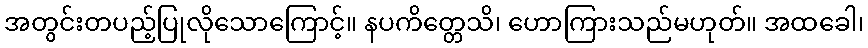
အတွင်းတပည့်ပြုလိုသောကြောင့်။ နပကိတ္တေသိ၊ ဟောကြားသည်မဟုတ်။ အထခေါ၊